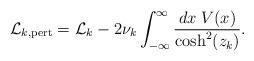
LaTeX: \begin{align*}\mathcal{L}_{k,\rm pert} = \mathcal{L}_k -2\nu_k \int_{-\infty}^{\infty}\frac{dx \; V(x) }{\cosh^2(z_k)}.\end{align*}